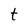
Character: t